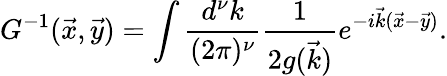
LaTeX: G^{-1}(\vec{x},\vec{y})=\int{\frac{d^{\nu}k}{(2\pi)^{\nu}}}{\frac{1}{{2g(\vec{k}})}}e^{-i\vec{k}(\vec{x}-\vec{y})}.